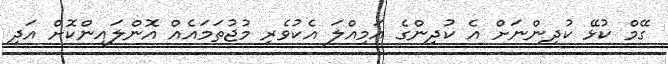
ގޭމް ކުޅޭ ކުދިންނަށް އެ ކުދިންގެ އަމިއްލަ އެކުވެރި މުޖުތަމައެއް އޮންލައިންކޮށް އަދި